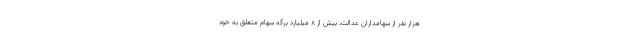
هزار نفر از سهامداران عدالت، بیش از ۸ میلیارد برگه سهام متعلق به خود